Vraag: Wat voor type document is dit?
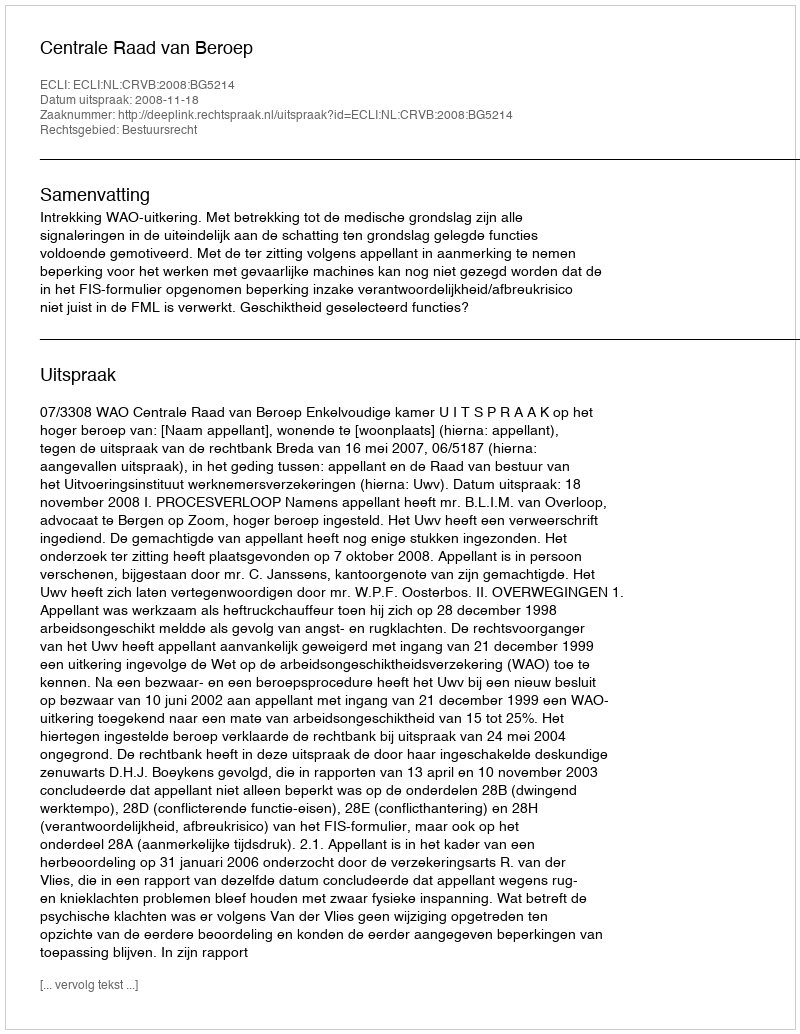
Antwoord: Uitspraak